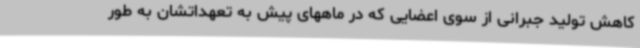
کاهش تولید جبرانی از سوی اعضایی که در ماههای پیش به تعهداتشان به طور